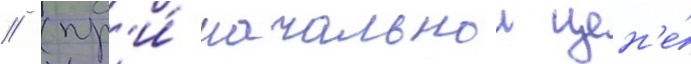
// (пр'и́ начальнои цен'е́